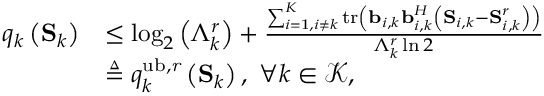
\begin{array} { r l } { q _ { k } \left( \mathbf S _ { k } \right) } & { \leq \log _ { 2 } \left( \Lambda _ { k } ^ { r } \right) + \frac { \sum _ { i = 1 , i \neq k } ^ { K } \mathrm { t r } \left( \mathbf b _ { i , k } \mathbf b _ { i , k } ^ { H } \left( \mathbf S _ { i , k } - \mathbf S _ { i , k } ^ { r } \right) \right) } { \Lambda _ { k } ^ { r } \ln 2 } } \\ & { \triangleq q _ { k } ^ { \mathrm { u b , \it r } } \left( \mathbf S _ { k } \right) , \ \forall k \in \mathcal K , } \end{array}